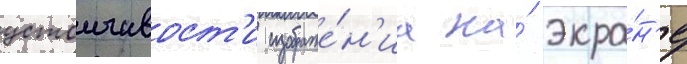
устоичивост'и изображе́н'иа на́ экра́н'е